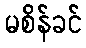
မစိန်ခင်